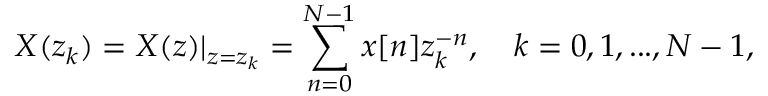
X ( z _ { k } ) = X ( z ) | _ { z = z _ { k } } = \sum _ { n = 0 } ^ { N - 1 } x [ n ] z _ { k } ^ { - n } , \quad k = 0 , 1 , . . . , N - 1 ,